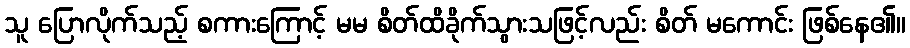
သူ ပြောလိုက်သည့် စကားကြောင့် မမ စိတ်ထိခိုက်သွားသဖြင့်လည်း စိတ် မကောင်း ဖြစ်နေ၏။